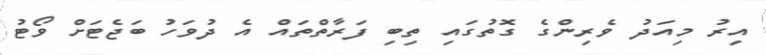
އިރު މިއަދު ވެރިންގެ ގޮތުގައި ތިބި ފަރާތްތައް އެ ދުވަހު ބަޖެޓަށް ވޯޓު